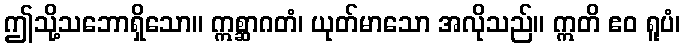
ဤသို့သဘောရှိသော။ ဣစ္ဆာဂတံ၊ ယုတ်မာသော အလိုသည်။ ဣတိ ဧဝ ရူပံ၊